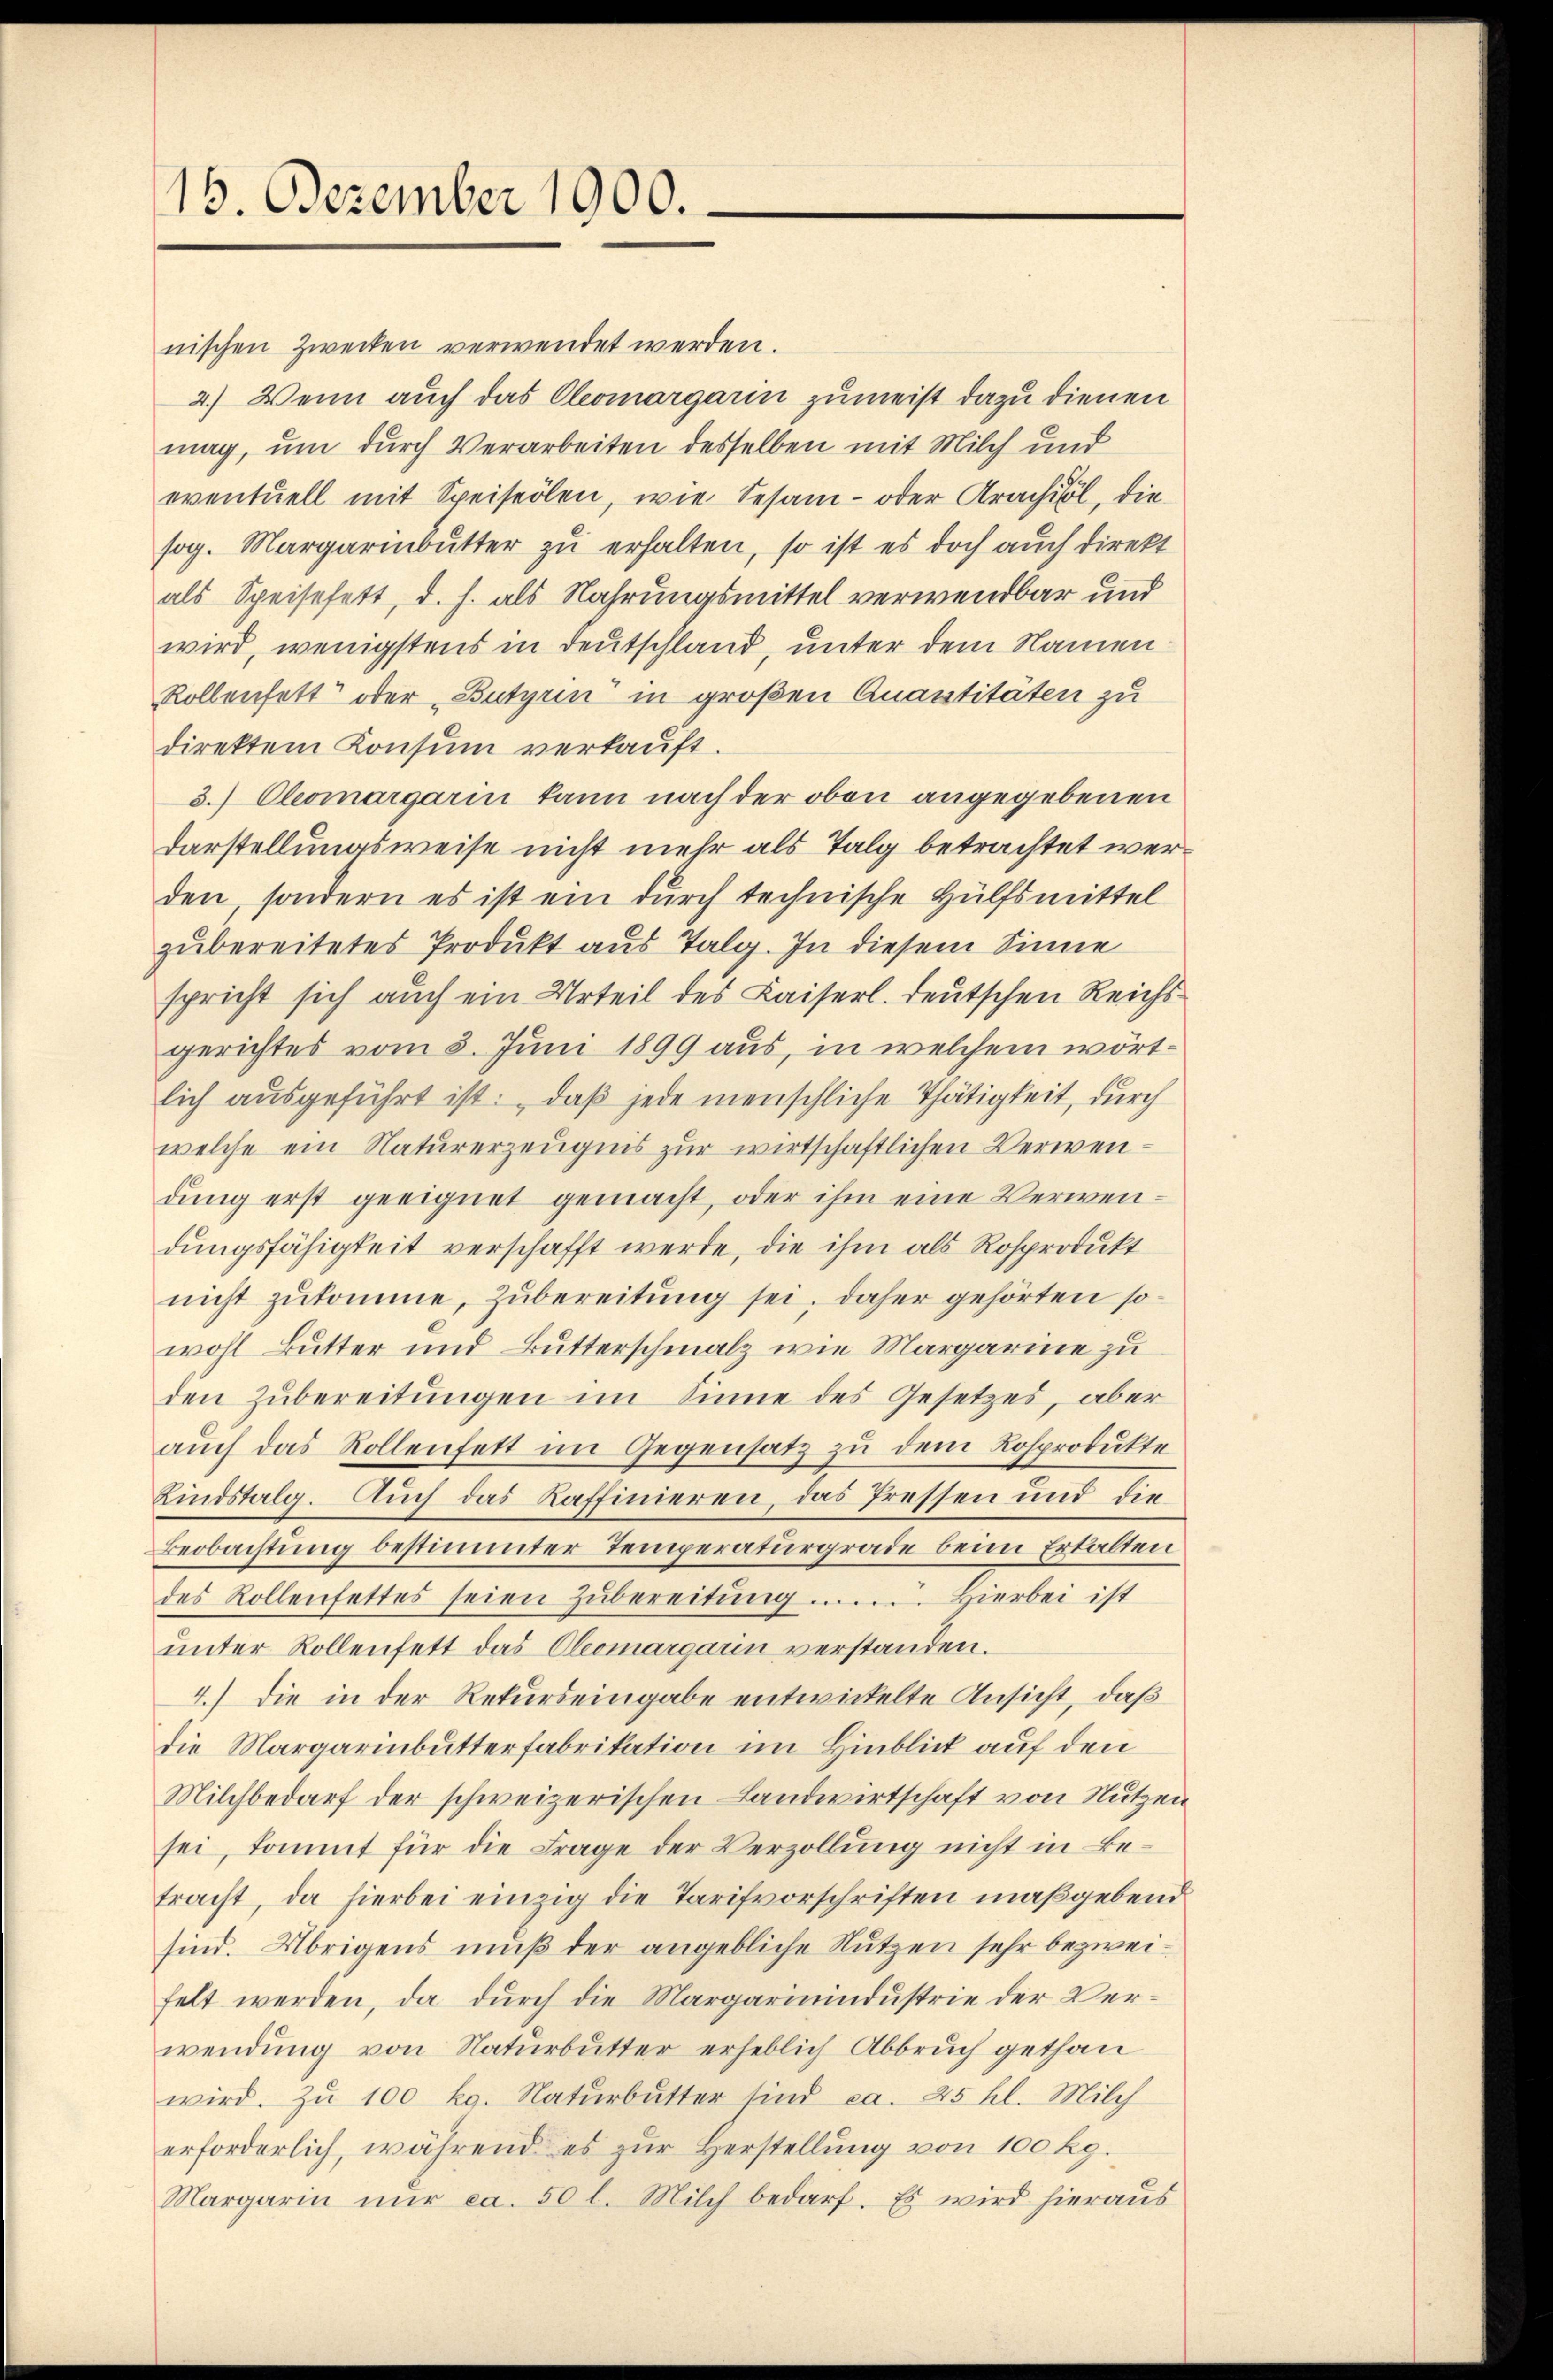
15. Dezember 1900.

nischen Zwecken verwendet werden.
2.) Wenn auch das Oleomargarin zumeist dazu dienen
mag, um durch Verarbeiten desselben mit Milch und
eventuell mit Speiserlen, wie Sesam- oder Krachisl, die
sog. Margarinbŭtter zŭ erhalten, so ist es doch auch direkt
als Speisefett, d. h. als Nahrungsmittel verwendbar und
wird, wenigstens in Deutschland, unter dem Namen
Rollenfett oder „Butyrin in großen Quantitäten zu
direktem Konsum verkaŭft.
3.) Cleomargarin kann nach der oben angegebenen
darstellungsweise nicht mehr als Talg betrachtet werden, sondern es ist ein durch technische Hülfsmittel
zubereitetes Produkt aus Talg. In diesem Sinne
spricht sich auch ein Urteil des Kaiserl. Teutschen Reichsgerichtes vom 3. Juni 1899 aus, in welchem wörtlich ausgeführt ist: daß jede menschliche Thätigkeit, durch
welche ein Naturerzeugnis zur wirtschaftlichen Verwendung erst geeignet gemacht, oder ihm eine Verwendungsfähigkeit verschafft werde, die ihm als Rosprodukt
nicht zukomme, zubereitung sei, daher gehörten sowohl Butter und Butterschmalz wie Margarine zu
den zŭbereitŭngen im Sinne des Gesetzes, aber
aŭch das Rollenfett im Gegensatz zu dem Losprodukte
Kindstalg. Auch das Kaffinieren, das Pressen und die
Beobachtung bestimmter Temperaturgrade beim Erhalten
des Rollenfettes seien Zŭbereitŭng ....... Hierbei ist
unter Rollenfett das Cleomargarin verstanden.
4.) Die in der Rekurs eingabe entwickelte Ansicht, daß
die Margarinbutterfabrikation im Hinblick auf den
Milchbedarf der schweizerischen Landwirtschaft von Nutzen
sei, kommt für die Frage der Verzollung nicht in Betracht, da hierbei einzig die Tarifvorschriften maßgebend
sind. Übrigens muß der angebliche Nutzen sehr bezweifelt werden, da durch die Margarinindustrie der Verwendung von Naturbutter erheblich Abbruch gethan
wird. Zŭ 100 kg. Natŭrbŭtter sind ca. 25 hl. Milch
erforderlich, während es zŭr Herstellŭng von 100 kg.
Margarin nŭr ca. 50 l. Milch bedarf. Es wird hieraus

f